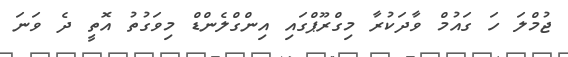
ޖުމްލަ ހަ ގައުމް ވާދަކުރާ މިގްރޫޕްގައި އިންގްލެންޑް މިވަގުތު އޮތީ ދެ ވަނަ